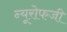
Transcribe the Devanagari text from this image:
न्यूरोफजी